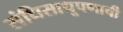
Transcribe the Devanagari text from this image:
संधिसाधूपणाची